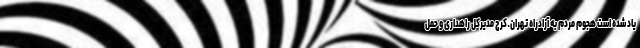
یاد شده است هجوم مردم به آزادراه تهران ـ کرج مدیرکل راهداری و حمل